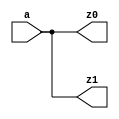
module osc4c
(
	output	z0,
	output	z1,
	input 	a
);

// I don't know what it does
assign z0 = a;
assign z1 = a;

endmodule